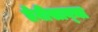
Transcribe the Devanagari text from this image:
तेवीसाव्‍या